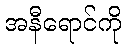
အနီရောင်ကို